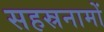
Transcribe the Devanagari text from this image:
सहस्रनामों